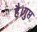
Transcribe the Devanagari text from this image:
है।गुप्त